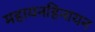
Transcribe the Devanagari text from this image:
महायनहिनायन